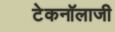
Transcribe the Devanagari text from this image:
टेकनॉलाजी